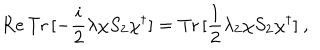
LaTeX: \mathrm { R e } \, \mathrm { T r } \, [ - \frac { i } { 2 } \lambda \chi S _ { 2 } \chi ^ { \dagger } ] = \mathrm { T r } \, [ \frac { 1 } { 2 } \lambda _ { 2 } \chi S _ { 2 } \chi ^ { \dagger } ] ~ ,